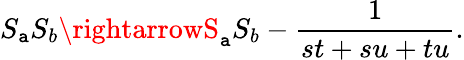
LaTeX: {S_{\mathtt{a}}S_{b}}\rightarrowS_{\mathtt{a}}S_{b}-{\frac{{1}}{{st+su+tu}}}.